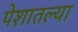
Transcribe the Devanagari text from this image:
पेशातल्या